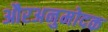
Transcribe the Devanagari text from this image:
औरअनुमोदक